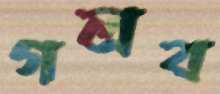
গলব